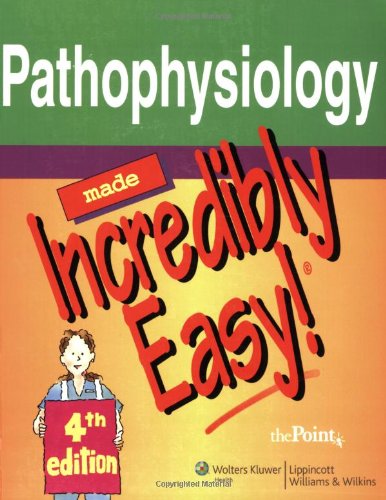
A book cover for Pathophysiology Made Incredibly Easy! (Incredibly Easy! SeriesÂ®); Springhouse; Medical Books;